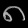
Digit: ၈